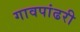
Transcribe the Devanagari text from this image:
गावपांढरी